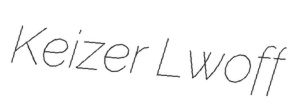
Keizer Lwoff